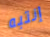
إنتبه